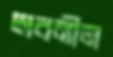
অবনীল